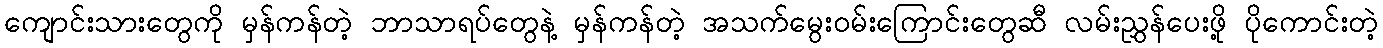
ကျောင်းသားတွေကို မှန်ကန်တဲ့ ဘာသာရပ်တွေနဲ့ မှန်ကန်တဲ့ အသက်မွေးဝမ်းကြောင်းတွေဆီ လမ်းညွှန်ပေးဖို့ ပိုကောင်းတဲ့